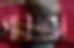
পাকদন্ডী